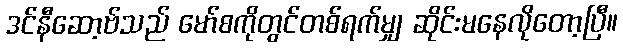
ဒင်နီဆော့ဗ်သည် မော်စကိုတွင်တစ်ရက်မျှ ဆိုင်းမနေလိုတော့ပြီ။